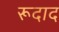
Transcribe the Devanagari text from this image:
रूदाद